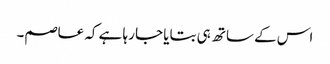
اس کے ساتھ ہی بتایا جا رہا ہے کہ عاصم۔